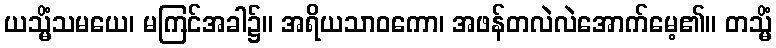
ယသ္မိံသမယေ၊ မကြင်အခါ၌။ အရိယသာဝကော၊ အဖန်တလဲလဲအောက်မေ့၏။ တသ္မိံ